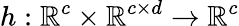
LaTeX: h:\mathbb{R}^{c}\times\mathbb{R}^{c\times d}\rightarrow\mathbb{R}^{c}